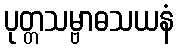
ပုတ္တသမ္ဗာဓသယနံ